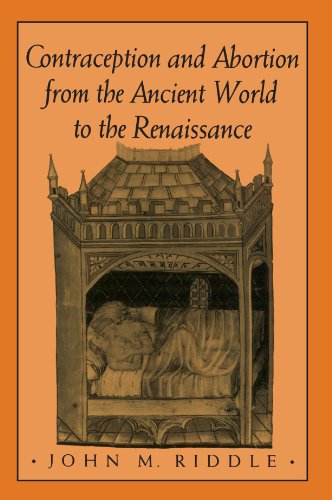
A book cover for Contraception and Abortion from the Ancient World to the Renaissance; John M. Riddle; Politics & Social Sciences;